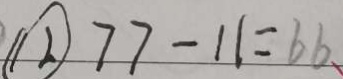
\textcircled { 2 } 7 7 - 1 1 = 6 6